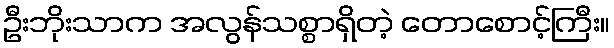
ဦးဘိုးသာက အလွန်သစ္စာရှိတဲ့ တောစောင့်ကြီး။